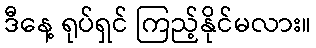
ဒီနေ့ ရုပ်ရှင် ကြည့်နိုင်မလား။